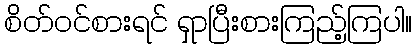
စိတ်ဝင်စားရင် ရှာပြီးစားကြည့်ကြပါ။